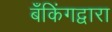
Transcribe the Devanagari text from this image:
बँकिंगद्वारा